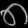
Digit: ၈